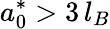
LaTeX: a_{0}^{*}>3\, l_{B}